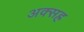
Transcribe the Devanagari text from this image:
अक्सह्र